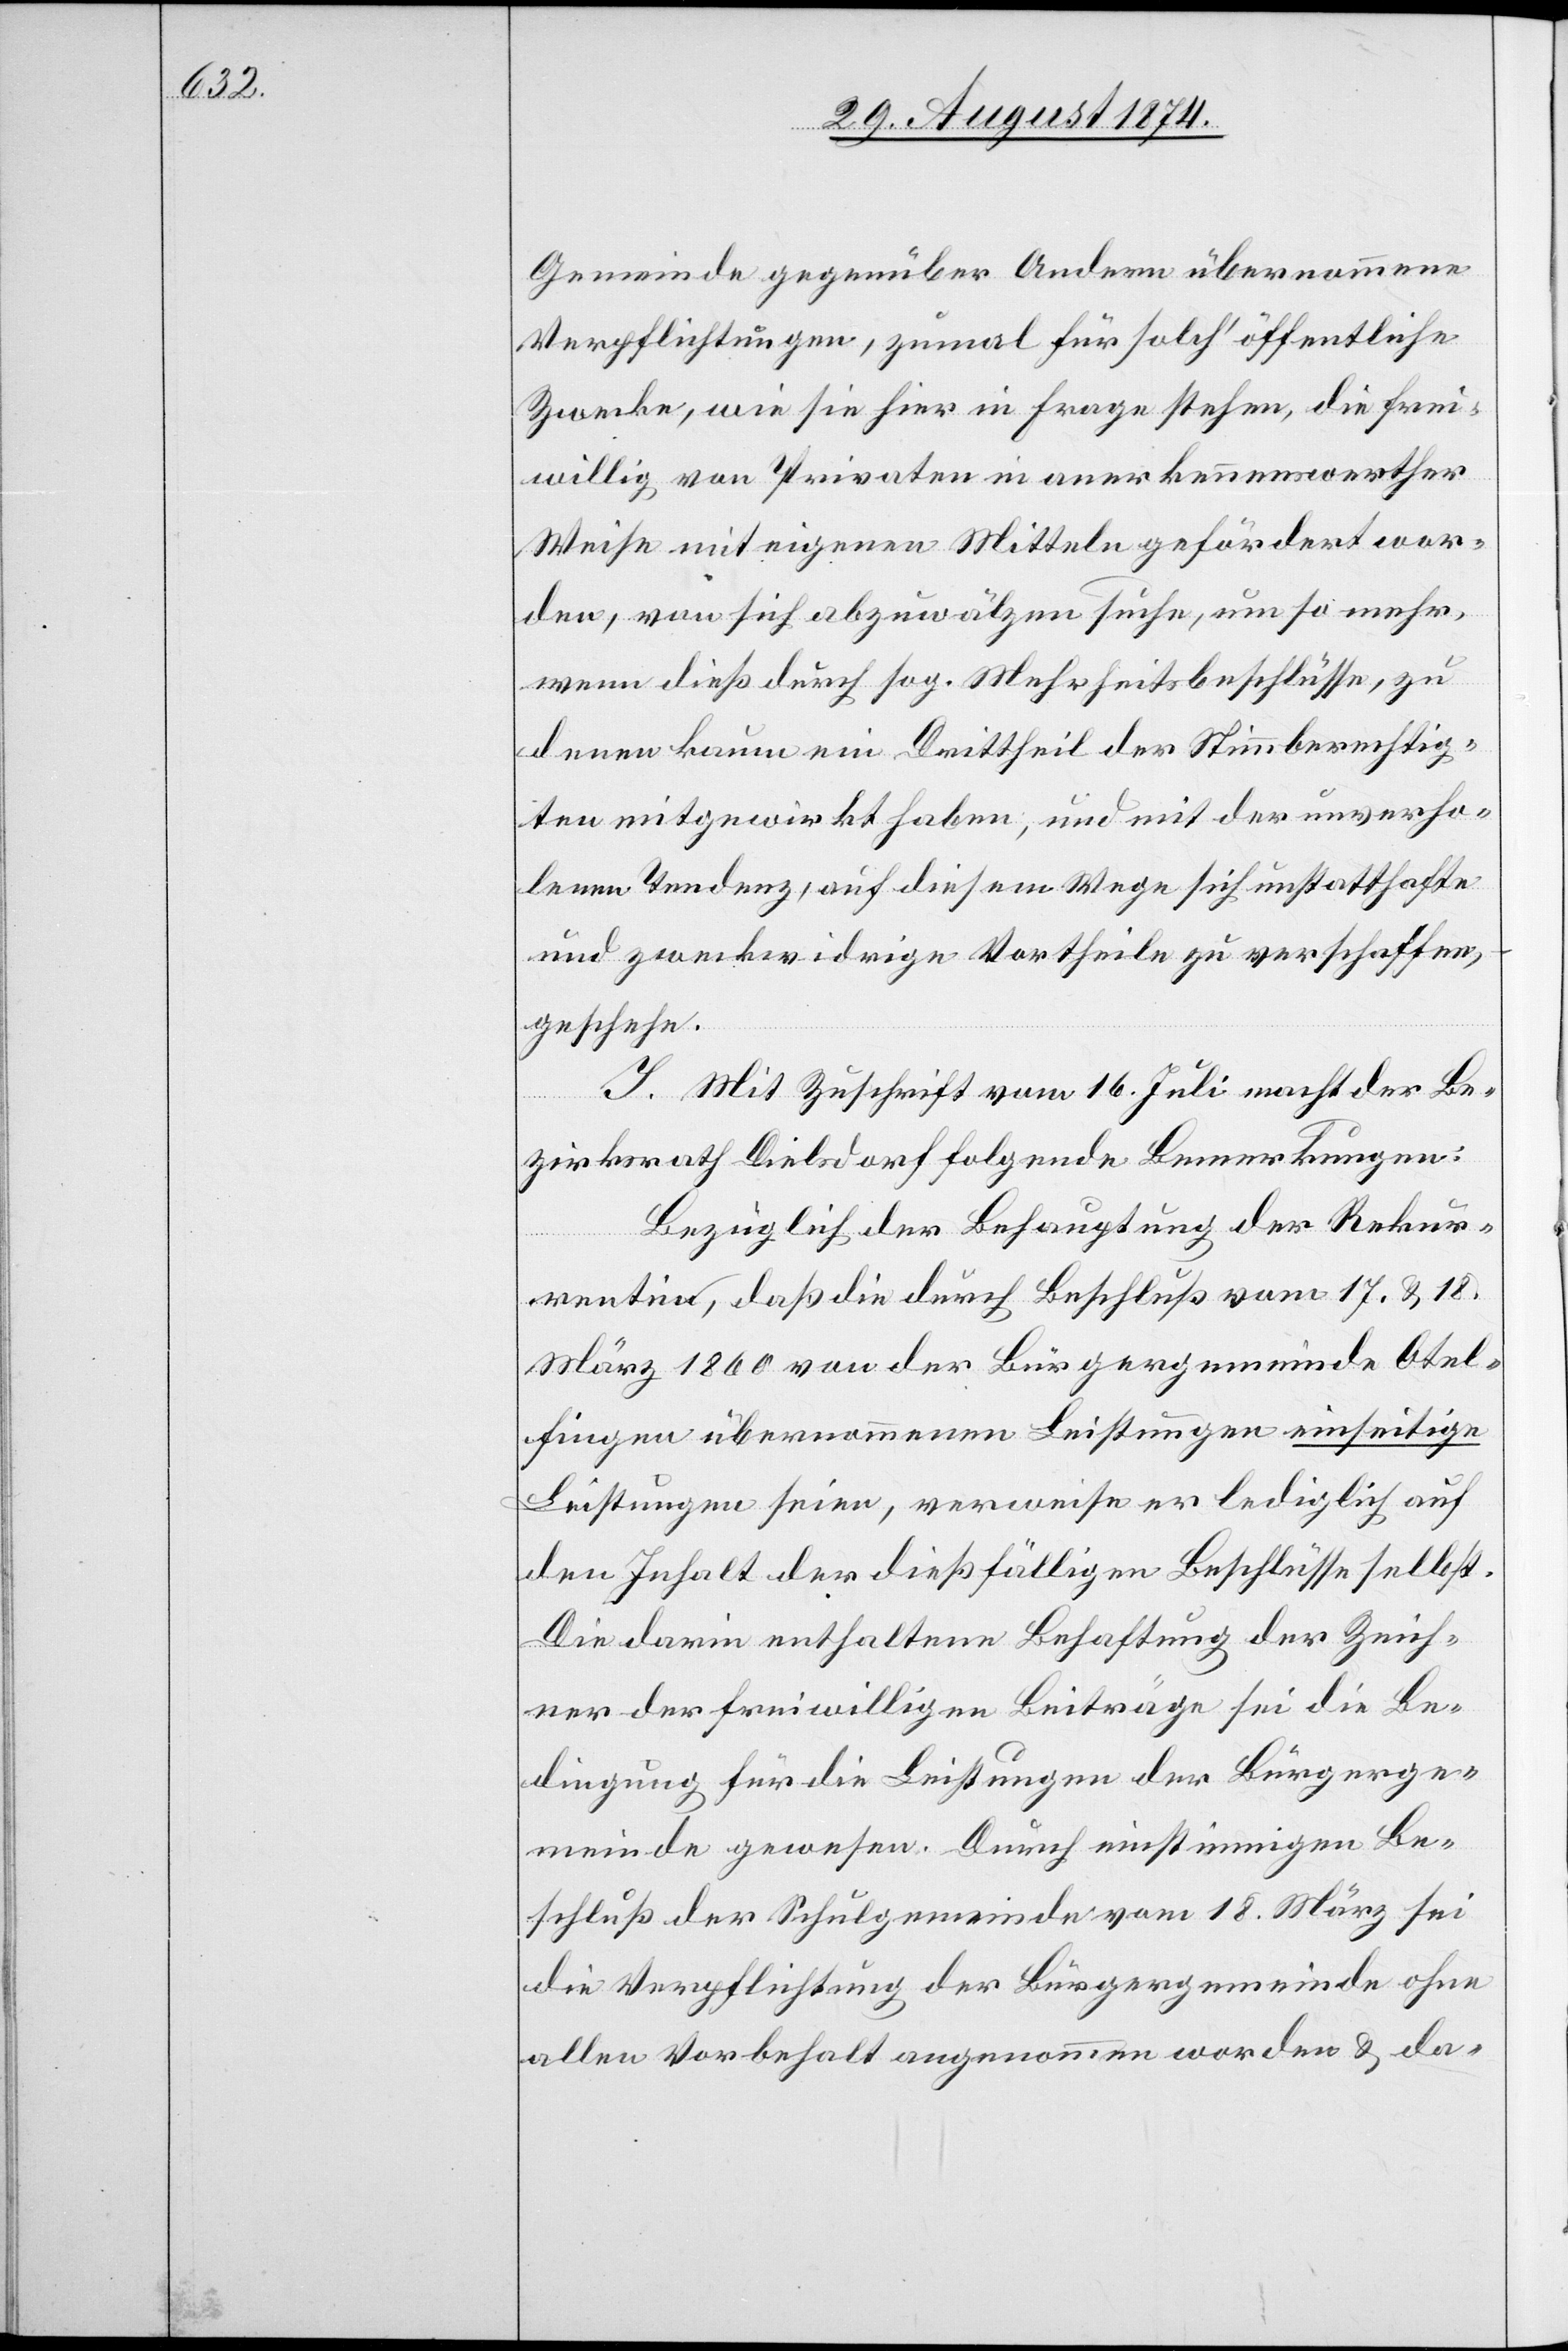
Gemeinde gegenüber Andern übernommene
Verpflichtungen, zumal für solch’ öffentliche
Zwecke, wie sie hier in Frage stehen, die frei¬
willig von Privaten in anerkennenswerther
Weise mit eigenen Mitteln gefördert wor¬
den, von sich abzuwälzen suche, um so mehr,
wenn dieß durch sog. Mehrheitsbeschlüsse, zu
denen kaum ein Drittheil der Stimmberechtig¬
ten mitgewirkt haben [sic!], und mit der unverho¬
lenen Tendenz, auf diesem Wege sich unstatthafte
und zweckwidrige Vortheile zu verschaffen,
geschehe.
I. Mit Zuschrift vom 16. Juli macht der Be¬
zirksrath Dielsdorf folgende Bemerkungen:
Bezüglich der Behauptung der Rekur¬
rentin, daß die durch Beschluß vom 17. u. 18.
März 1860 von der Bürgergemeinde Otel¬
fingen übernommenen Leistungen einseitige
Leistungen seien, verweise er lediglich auf
den Inhalt der dießfälligen Beschlüsse selbst.
Die darin enthaltene Behauptung der Zeich¬
ner der freiwilligen Beiträge sei die Be¬
dingung für die Leistungen der Bürgerge¬
meinde gewesen. Durch einstimmigen Be¬
schluß der Schulgemeinde vom 18. März sei
die Verpflichtung der Bürgergemeinde ohne
allen Vorbehalt angenommen worden u. da-